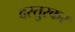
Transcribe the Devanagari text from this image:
दस्तुरकर